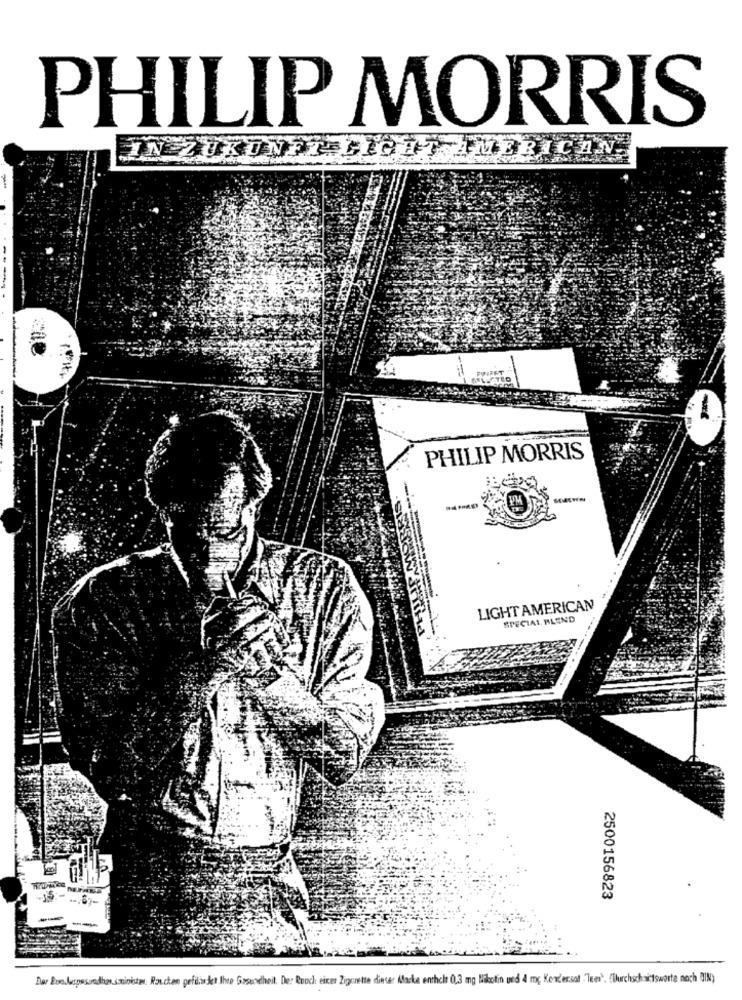
PHILIP MORRIS
IN ZUKUNFT LIGHT AMERICAN
FINFET
PHILIP MORRIS
LIGHT AMERICAN
SPECIAL BLEND
2500156823
--
Dar Euo Juspasaredhas.sminister. Rauchen gefdiasdet Ihre Gosundheit. De: Rouch einer Zigarette dieser Macke enthelt 0,3 mg Nikotin und 4 mg Kendes.sof "Tees". "Durchschactswarte noch BIN)